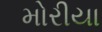
મોરીયા